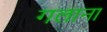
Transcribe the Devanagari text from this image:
गलाना